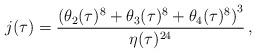
LaTeX: \begin{align*}j(\tau)=\frac{\left(\theta_2(\tau)^8+\theta_3(\tau)^8+\theta_4(\tau)^8\right)^3}{\eta(\tau)^{24}}\, ,\end{align*}